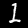
Digit: 1